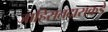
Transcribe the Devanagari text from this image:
जाहिरातदाराकडे